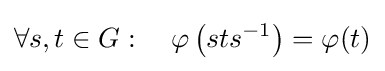
\forall s,t\in G:\quad \varphi \left(sts^{-1}\right)=\varphi (t)